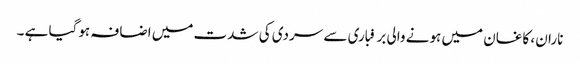
ناران ، کاغان میں ہونے والی برفباری سے سردی کی شدت میں اضافہ ہوگیا ہے ۔